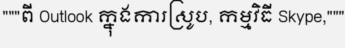
"""ពី Outlook ក្នុងការស្រូប, កម្មវិធី Skype,"""